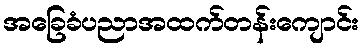
အခြေခံပညာအထက်တန်းကျောင်း